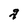
Character: q